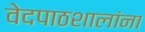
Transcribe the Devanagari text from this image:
वेदपाठशालांना